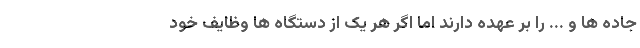
جاده ها و ... را بر عهده دارند اما اگر هر یک از دستگاه ها وظایف خود